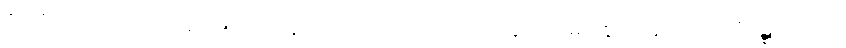
ဇာတိသတသဟဿမ္ပိ၊ ဘဝအသိန်းကို လည်းကောင်း။ အနေကေ၊ များစွာကုန်သော။ သံဝဋ္ဋကပ္ပေပိ၊